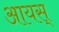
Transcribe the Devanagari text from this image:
आयस्